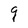
Character: g